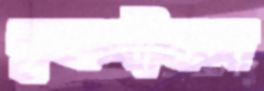
কৃষ্ণদীঘল